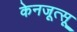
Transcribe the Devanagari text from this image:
केनजूत्सू